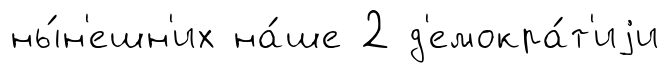
ны́н'ешн'их на́ше 2 д'емокра́т'иjи